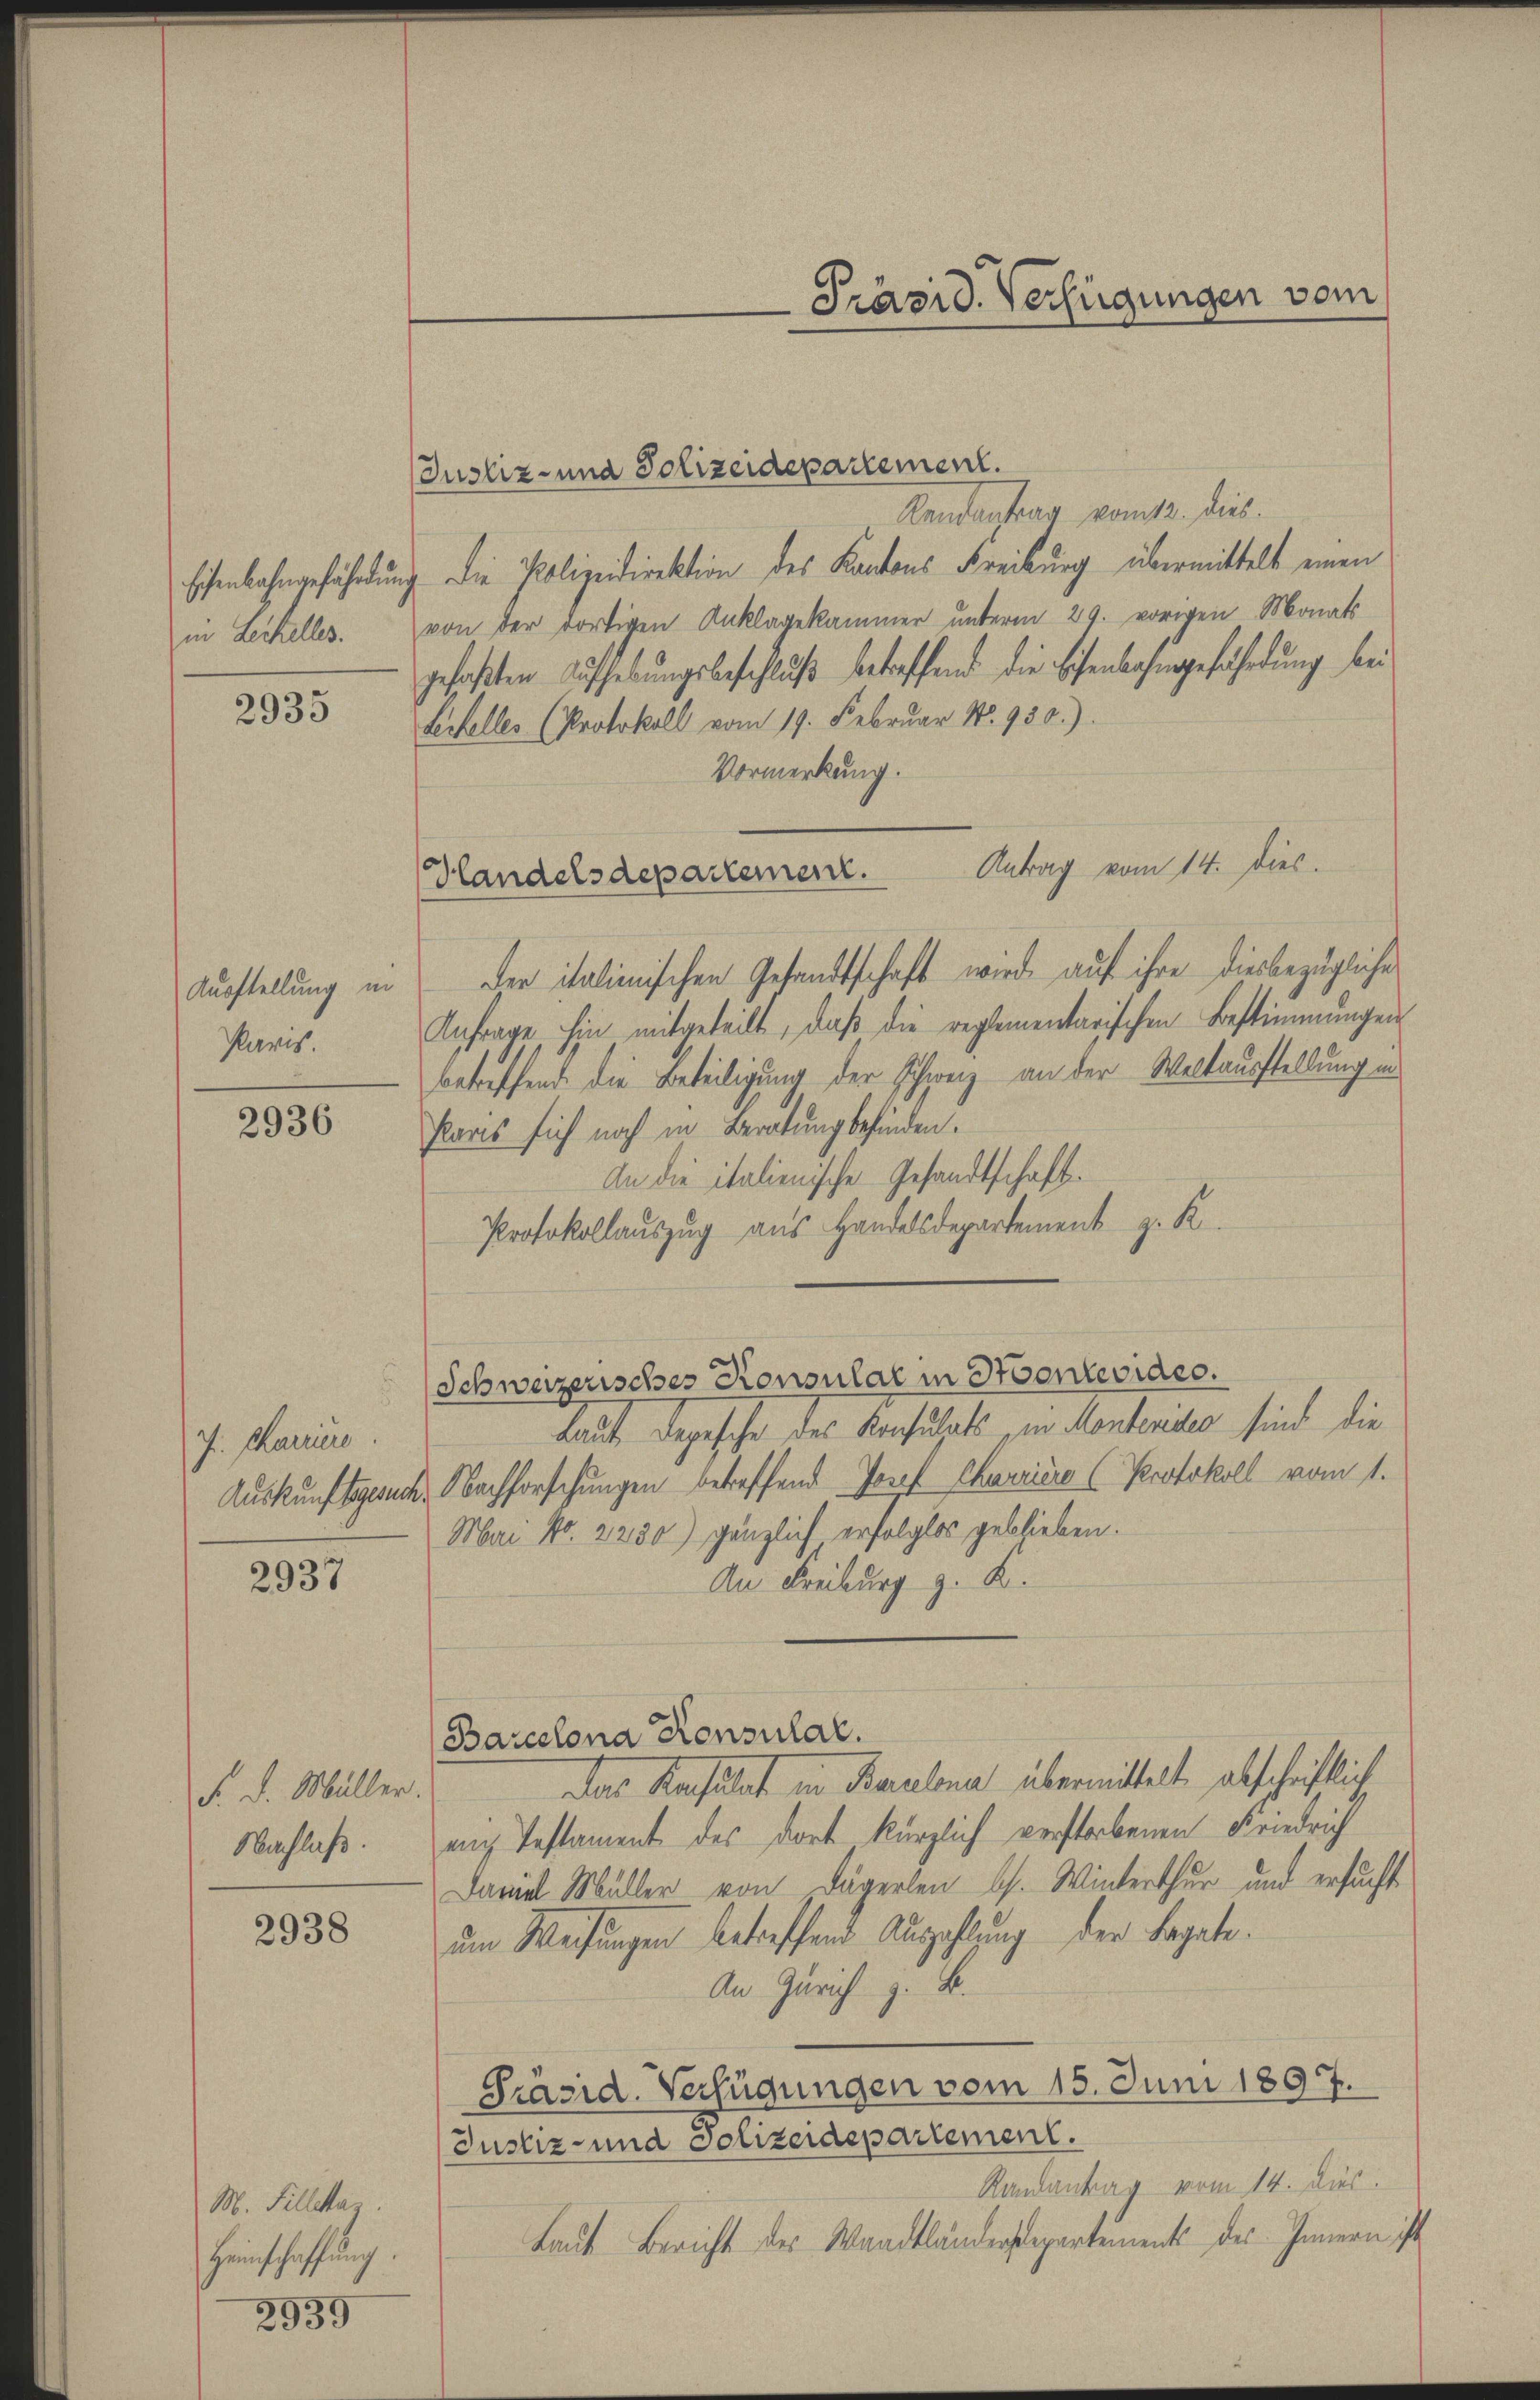
2935

2936

2937

Eisenbahngefährdung
in Lechelles.

Ausstellung in
Paris.

J. Carriere

d. d. Müller.
Nachlaß.

2938

M. Fillettaz
Heinschaffung.
2939

Hlandelsdepartement.

Justiz- und Polizeidepartement.
Kentantrag vom 12. dies
). Die Polizeidirektion des Kantons Freiburg übermittelt einen
von der dortigen Anklagekammer unterm 29. vorigen Monats
gefaßten Aufhebungsbeschluß betreffend die Eisenbahngefährdung bei
Levolles (Protokoll vom 19. Februar No. 930).
Vormerkung.
Antrag vom 14. dies.
der italienischen Gesandtschaft wird auf ihre diesbezügliche
Anfrage hin mitgeteilt, daß die reglementarischen Bestimmungen
betreffend die Beteiligung der Schweiz an der Weltausstellung in
Paris sich noch in Beratung befinden.
An die italienische Gesandtschaft.
Protokollauszug aus Handelsdepartement z. K.
Schweizerisches Konsulat in Hontevideo.
Laut Depesche des Konsulats in Montenides sind die
Auskunftsgesuch. Nachforschungen betreffend Josef Carriere (Protokoll vom 1.
Mai No. 2230) gänzlich erfolglos geblieben.
An Freiburg z. B.
Barcelona Konsulat.
Das Konsulat in Baulena übermittelt abschriftliche
auch Testament des dort kürzlich verstorbenen Friedrich
Daniel Müller von Dägerlen Ch. Winterthur und ersucht
um Weisungen betreffend Auszahlung der Bagate.
An Zürich z. B.
Präsid. Verfügungen vom 15. Juni 1897.
Justiz- und Polizeidepartement.
Randantrag vom 14. Dies
Laut Bericht des Waadtländersepartements des Innern ist

Präsid. Verfügungen vom